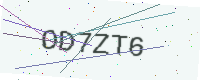
Text: OD7ZT6